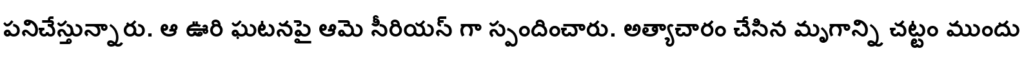
పనిచేస్తున్నారు. ఆ ఊరి ఘటనపై ఆమె సీరియస్ గా స్పందించారు. అత్యాచారం చేసిన మృగాన్ని చట్టం ముందు